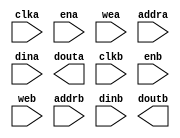
module treeCache(
	clka,
	ena,
	wea,
	addra,
	dina,
	douta,
	clkb,
	enb,
	web,
	addrb,
	dinb,
	doutb);


input clka;
input ena;
input [0 : 0] wea;
input [5 : 0] addra;
input [183 : 0] dina;
output [183 : 0] douta;
input clkb;
input enb;
input [0 : 0] web;
input [5 : 0] addrb;
input [183 : 0] dinb;
output [183 : 0] doutb;

// synthesis translate_off

      BLK_MEM_GEN_V4_3 #(
		.C_ADDRA_WIDTH(6),
		.C_ADDRB_WIDTH(6),
		.C_ALGORITHM(1),
		.C_BYTE_SIZE(9),
		.C_COMMON_CLK(1),
		.C_DEFAULT_DATA("0"),
		.C_DISABLE_WARN_BHV_COLL(0),
		.C_DISABLE_WARN_BHV_RANGE(0),
		.C_FAMILY("virtex5"),
		.C_HAS_ENA(1),
		.C_HAS_ENB(1),
		.C_HAS_INJECTERR(0),
		.C_HAS_MEM_OUTPUT_REGS_A(0),
		.C_HAS_MEM_OUTPUT_REGS_B(0),
		.C_HAS_MUX_OUTPUT_REGS_A(0),
		.C_HAS_MUX_OUTPUT_REGS_B(0),
		.C_HAS_REGCEA(0),
		.C_HAS_REGCEB(0),
		.C_HAS_RSTA(0),
		.C_HAS_RSTB(0),
		.C_HAS_SOFTECC_INPUT_REGS_A(0),
		.C_HAS_SOFTECC_OUTPUT_REGS_B(0),
		.C_INITA_VAL("0"),
		.C_INITB_VAL("0"),
		.C_INIT_FILE_NAME("no_coe_file_loaded"),
		.C_LOAD_INIT_FILE(0),
		.C_MEM_TYPE(2),
		.C_MUX_PIPELINE_STAGES(0),
		.C_PRIM_TYPE(1),
		.C_READ_DEPTH_A(64),
		.C_READ_DEPTH_B(64),
		.C_READ_WIDTH_A(184),
		.C_READ_WIDTH_B(184),
		.C_RSTRAM_A(0),
		.C_RSTRAM_B(0),
		.C_RST_PRIORITY_A("CE"),
		.C_RST_PRIORITY_B("CE"),
		.C_RST_TYPE("SYNC"),
		.C_SIM_COLLISION_CHECK("ALL"),
		.C_USE_BYTE_WEA(0),
		.C_USE_BYTE_WEB(0),
		.C_USE_DEFAULT_DATA(0),
		.C_USE_ECC(0),
		.C_USE_SOFTECC(0),
		.C_WEA_WIDTH(1),
		.C_WEB_WIDTH(1),
		.C_WRITE_DEPTH_A(64),
		.C_WRITE_DEPTH_B(64),
		.C_WRITE_MODE_A("NO_CHANGE"),
		.C_WRITE_MODE_B("NO_CHANGE"),
		.C_WRITE_WIDTH_A(184),
		.C_WRITE_WIDTH_B(184),
		.C_XDEVICEFAMILY("virtex5"))
	inst (
		.CLKA(clka),
		.ENA(ena),
		.WEA(wea),
		.ADDRA(addra),
		.DINA(dina),
		.DOUTA(douta),
		.CLKB(clkb),
		.ENB(enb),
		.WEB(web),
		.ADDRB(addrb),
		.DINB(dinb),
		.DOUTB(doutb),
		.RSTA(),
		.REGCEA(),
		.RSTB(),
		.REGCEB(),
		.INJECTSBITERR(),
		.INJECTDBITERR(),
		.SBITERR(),
		.DBITERR(),
		.RDADDRECC());


// synthesis translate_on

// XST black box declaration
// box_type "black_box"
// synthesis attribute box_type of treeCache is "black_box"

endmodule